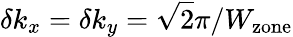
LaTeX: \delta k_{x}=\delta k_{y}=\sqrt{2}\pi/W_{\mathrm{zone}}